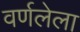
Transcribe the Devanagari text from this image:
वर्णलेला